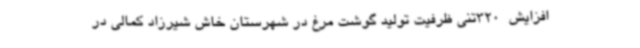
افزایش  320تنی ظرفیت تولید گوشت مرغ در شهرستان خاش شیرزاد کمالی در